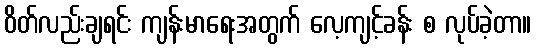
ဝိတ်လည်းချရင်း ကျန်းမာရေးအတွက် လေ့ကျင့်ခန်း စ လုပ်ခဲ့တာ။